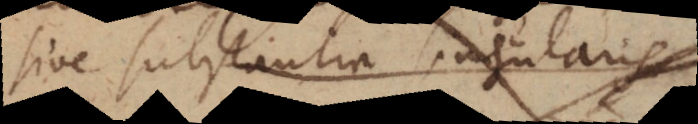
sive substantia singularis